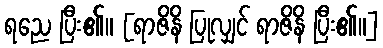
ရညေ ပြီး၏။ [ရာဇိနိ ပြုလျှင် ရာဇိနိ ပြီး၏။]